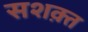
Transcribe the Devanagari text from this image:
सशक़्त